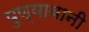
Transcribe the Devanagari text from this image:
पुण्याबानी